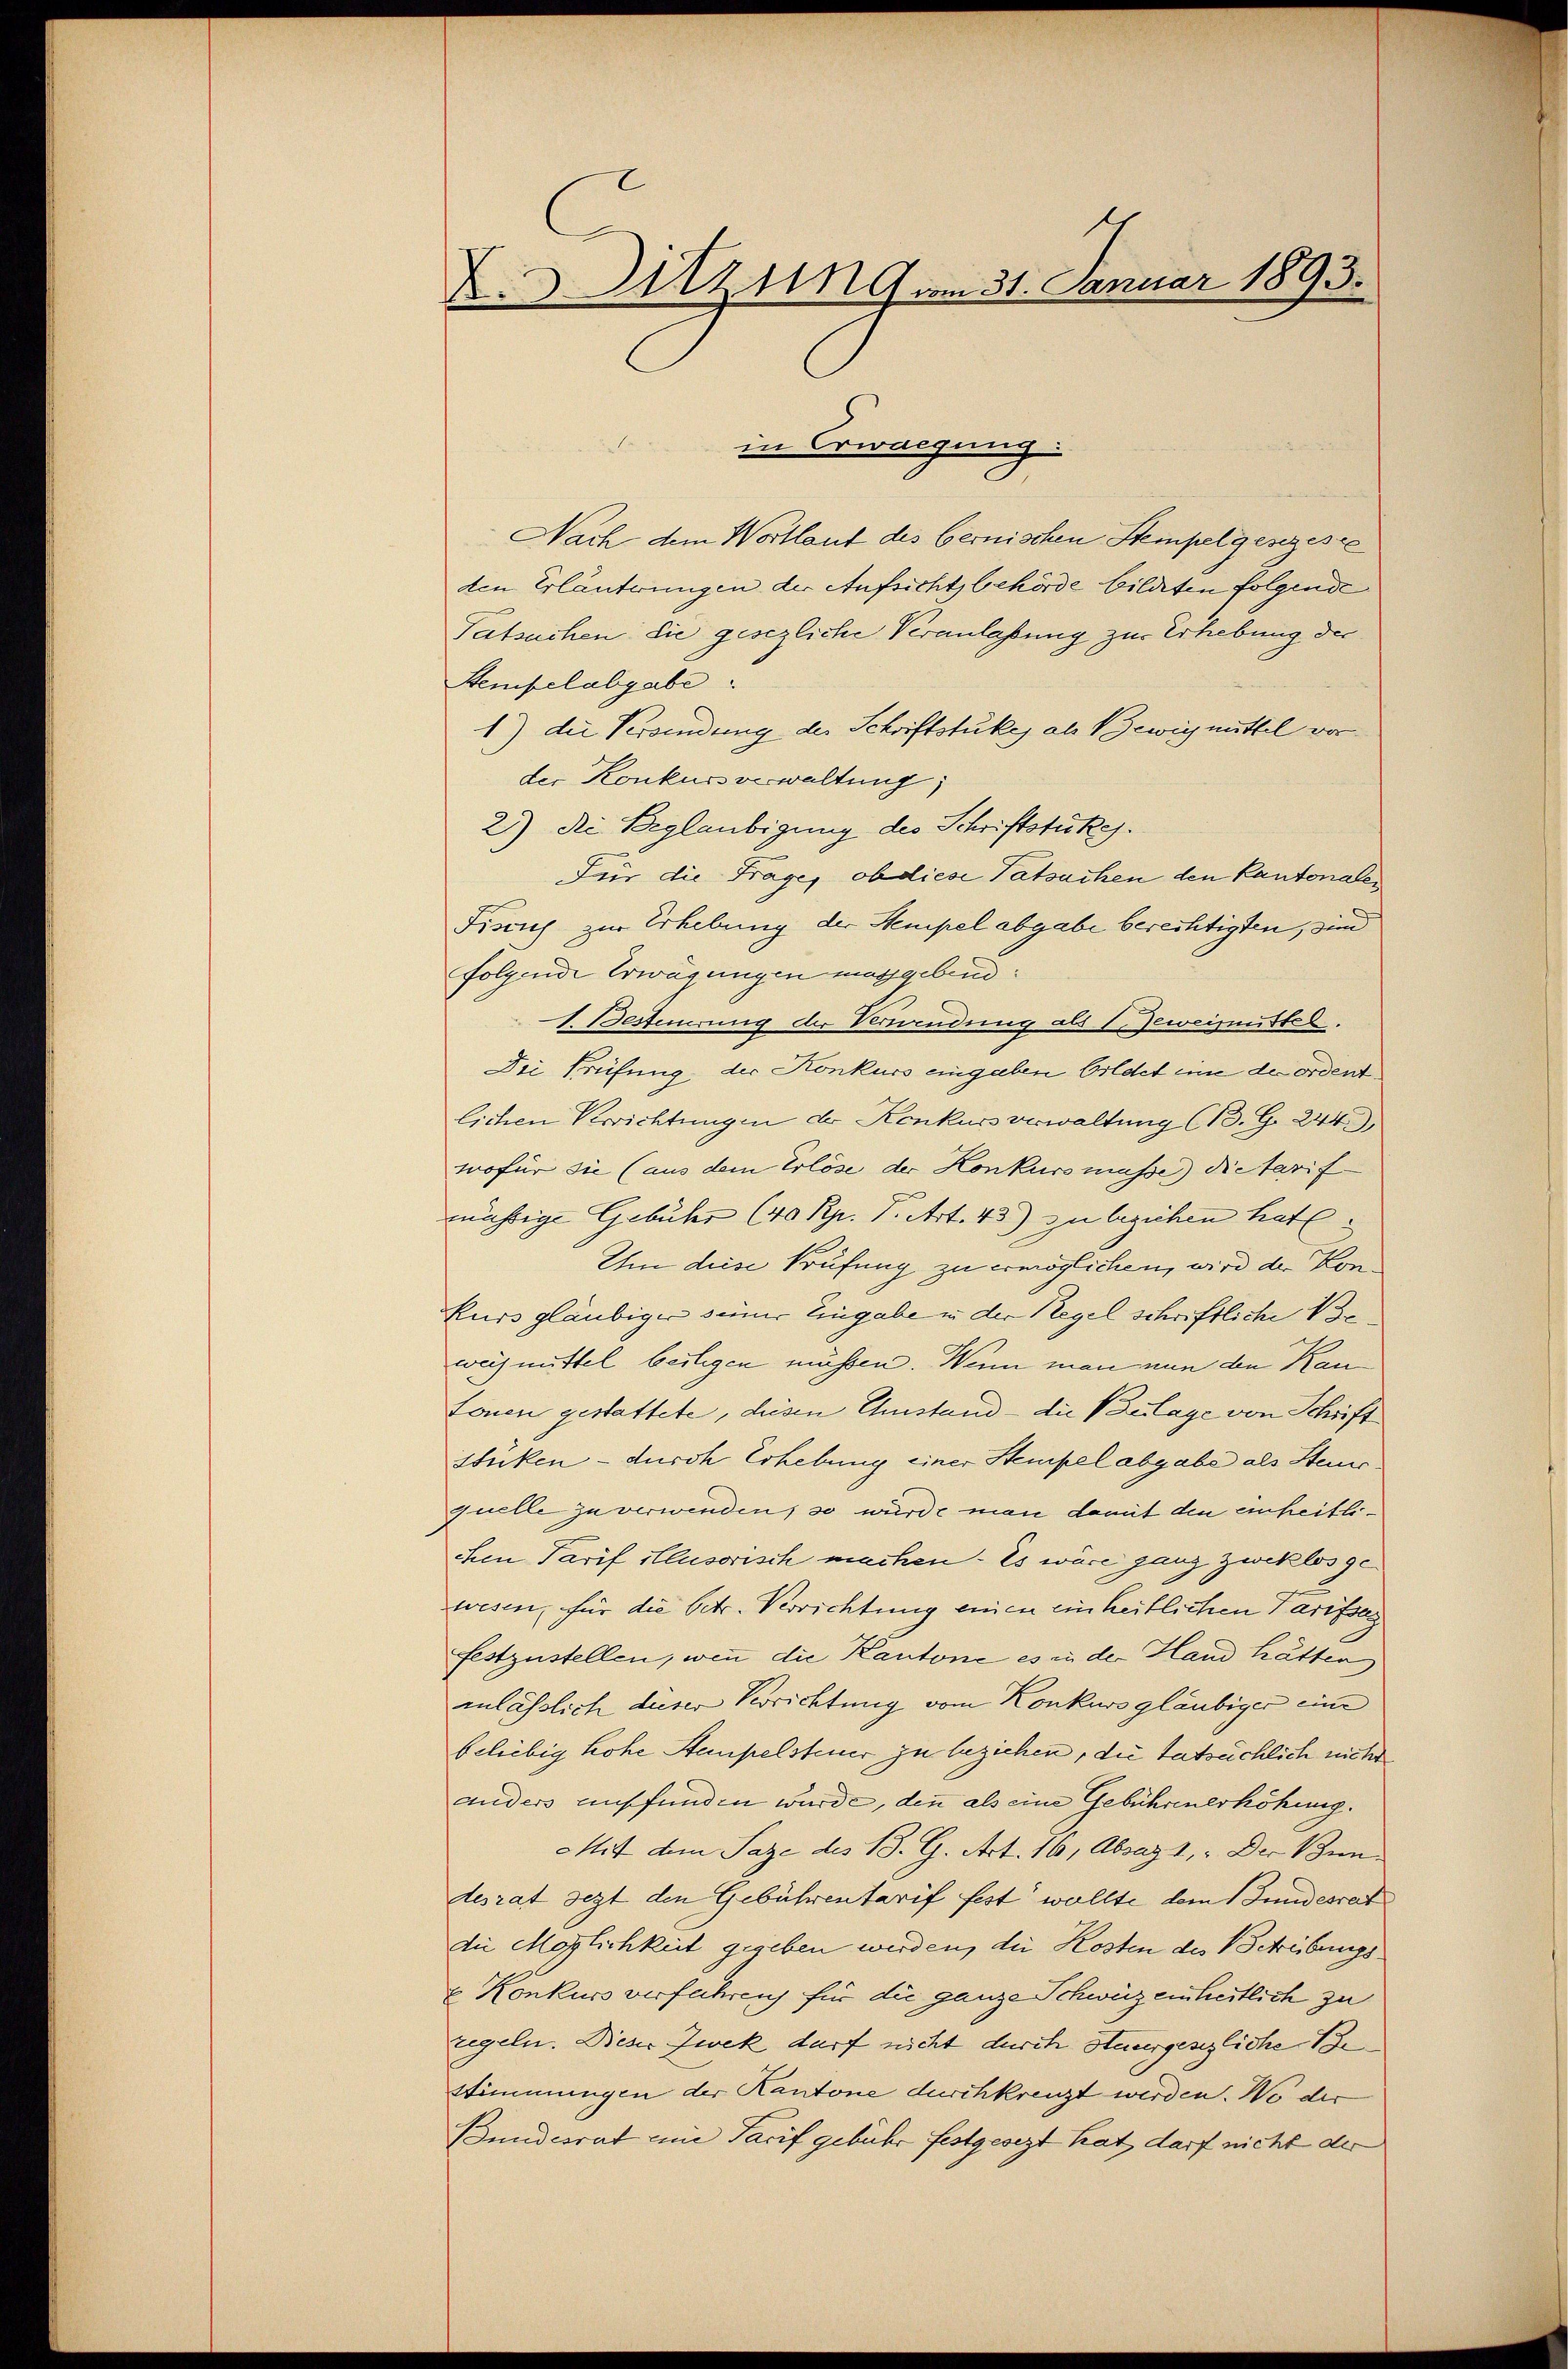
X.Sitzung am 31. Januar 1893.

.
in Erwachung:
Nach dem Wortlaut des bernischen Stempelgesezeste
den Erläuterungen der Aufsicht behörde bildeten folgende
Tatsachen die gesezliche Veranlaßung zur Erhebung der
Stempelabgabe.
1) die Verbindung der Schriftstükes als Bewig mittel vor
der Konkursverwaltung)
21) Die Beglaubigung des Schriftstückes.
Für die Frage, ob diese Tatsachen den Kantonalen
Fisich zur Erhebung der Stempel abgabe berechtigten, sind
folgende Erwägungen möggebend
1 Besteuerung der Verwendung als 1. Jeweimüttel.
Die Prüfung, der Konkurs eingaben bildet eine der ordentlichen Verrichtungen der Konkurs verwaltung (B. G. 244),
wofür sie (aus dem Erlöse der Konkursmasse) die Tarif
mässige Gebühr (40 Rp. P. Art. 43) zu beziehen hat
Um diese Prüfung zu ermöglichen, wird der Konkurs gläubiger seiner Eingabe in der Regel schriftliche Ve
weismittel bestigen müssen. Wenn man nun den Kantonen gestattete, diesen Umstand - die Bulage von Schrift
stüken – durch Erhebung einer Stempel abgabe als Steuquelle zu verwenden, so würde man damit den einheitlichen Tarif illusorisch machen. Es wäre ganz zweklos gewesen, für die betr. Verrichtung einen einheitlichen Tarifsag
festzustellen, wenn die Kantone es in der Hand hätten,
inlässlich dieser Verrichtung vom Konkurs gläubiger eine
beliebig hohe Stempelsteuer zu beziehen, die tatsächlich nicht
auders ausfunden wurde, denn als eine Gebührenerhöhung.
Mit dem Paze des B. G. Art. 16, Absagt, - Der Bun
desrat sezt den Gebührentarif fest wollte dem Bundesrat
die Möglichkeit gegeben werden, die Kosten des Schreibungs¬
& Konkurs verfahren für die ganze Schweiz einheitlich zu
regeln. Dieser Zwek darf nicht durch Stausgesezliche Be
Stimmungen der Kantone durchkreuzt werden. Wo der
Bundesrat eine Tarif gebühr festgesezt hat, darf nicht der